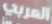
العربي